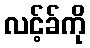
လင့်ခ်ကို